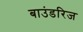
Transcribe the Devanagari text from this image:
बाउंडरिज